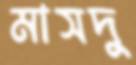
মাসদু